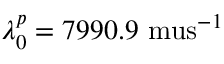
\lambda _ { 0 } ^ { p } = 7 9 9 0 . 9 \mathrm { \ m u s } ^ { - 1 }